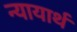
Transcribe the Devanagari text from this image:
न्यायार्थ